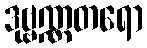
ဒုဗ္ဗဏ္ဏတရော